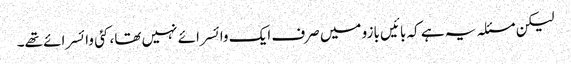
لیکن مسئلہ یہ ہے کہ بائیں بازو میں صرف ایک وائسرائے نہیں تھا، کئی وائسرائے تھے۔